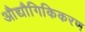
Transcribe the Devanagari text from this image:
औद्यौगिकिकरण